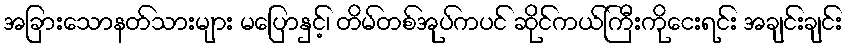
အခြားသောနတ်သားများ မပြောနှင့်၊ တိမ်တစ်အုပ်ကပင် ဆိုင်ကယ်ကြီးကိုငေးရင်း အချင်းချင်း